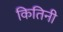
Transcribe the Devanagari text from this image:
कितिनी